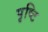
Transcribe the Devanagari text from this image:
पृष्टि